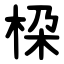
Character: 桗